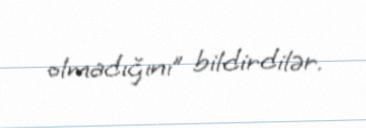
olmadığını” bildirdilər.